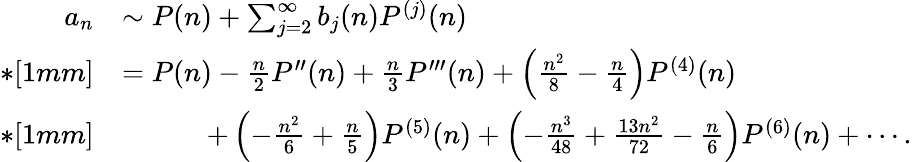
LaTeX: \begin{array}{rl}{a_{n}}&{\sim P(n)+\sum_{j=2}^{\infty}b_{j}(n)P^{(j)}(n)}\\ {*[1mm]}&{=P(n)-\frac{n}{2}P^{\prime\prime}(n)+\frac{n}{3}P^{\prime\prime\prime}(n)+\left(\frac{n^{2}}{8}-\frac{n}{4}\right)P^{(4)}(n)}\\ {*[1mm]}&{\quad\qquad+\left(-\frac{n^{2}}{6}+\frac{n}{5}\right)P^{(5)}(n)+\left(-\frac{n^{3}}{48}+\frac{13n^{2}}{72}-\frac{n}{6}\right)P^{(6)}(n)+\cdots.}\end{array}